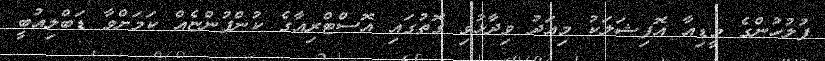
ފުލުހުންގެ މީޑިއާ އޮފިޝަލަކު މިއަދު ވިދާޅުވި ގޮތުގައި އޮސްޓްރިއާގެ ކުންފުންޏެއް ކަމަށްވާ ޑަބްލިއުބީ